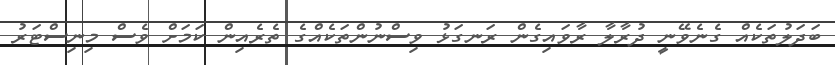
ބަދަލުތަކެއް ގެނެވޭނީ ދުރާލާ ރާވައިގެން ރަނގަޅު ވިސްނުންތަކެއްގެ ތެރެއިން ކަމަށް ވެސް މިނިސްޓަރު